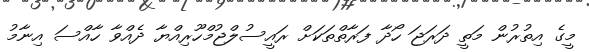
މީގެ އިތުރުން މަތީ ދަރަޖަ ހޯދާ ފަރާތްތަކަށް ރައީސުލްޖުމްހޫރިއްޔާ ދެއްވާ ހާއްސަ އިނާމު